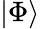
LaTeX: |\Phi\rangle